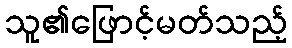
သူ၏ဖြောင့်မတ်သည့်